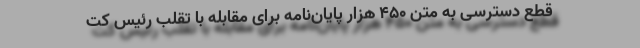
قطع دسترسی به متن ۴۵۰ هزار پایان‌نامه برای مقابله با تقلب رئیس کت